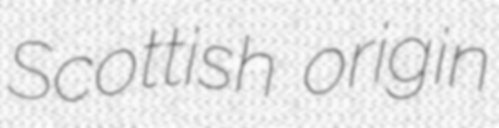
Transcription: Scottish origin